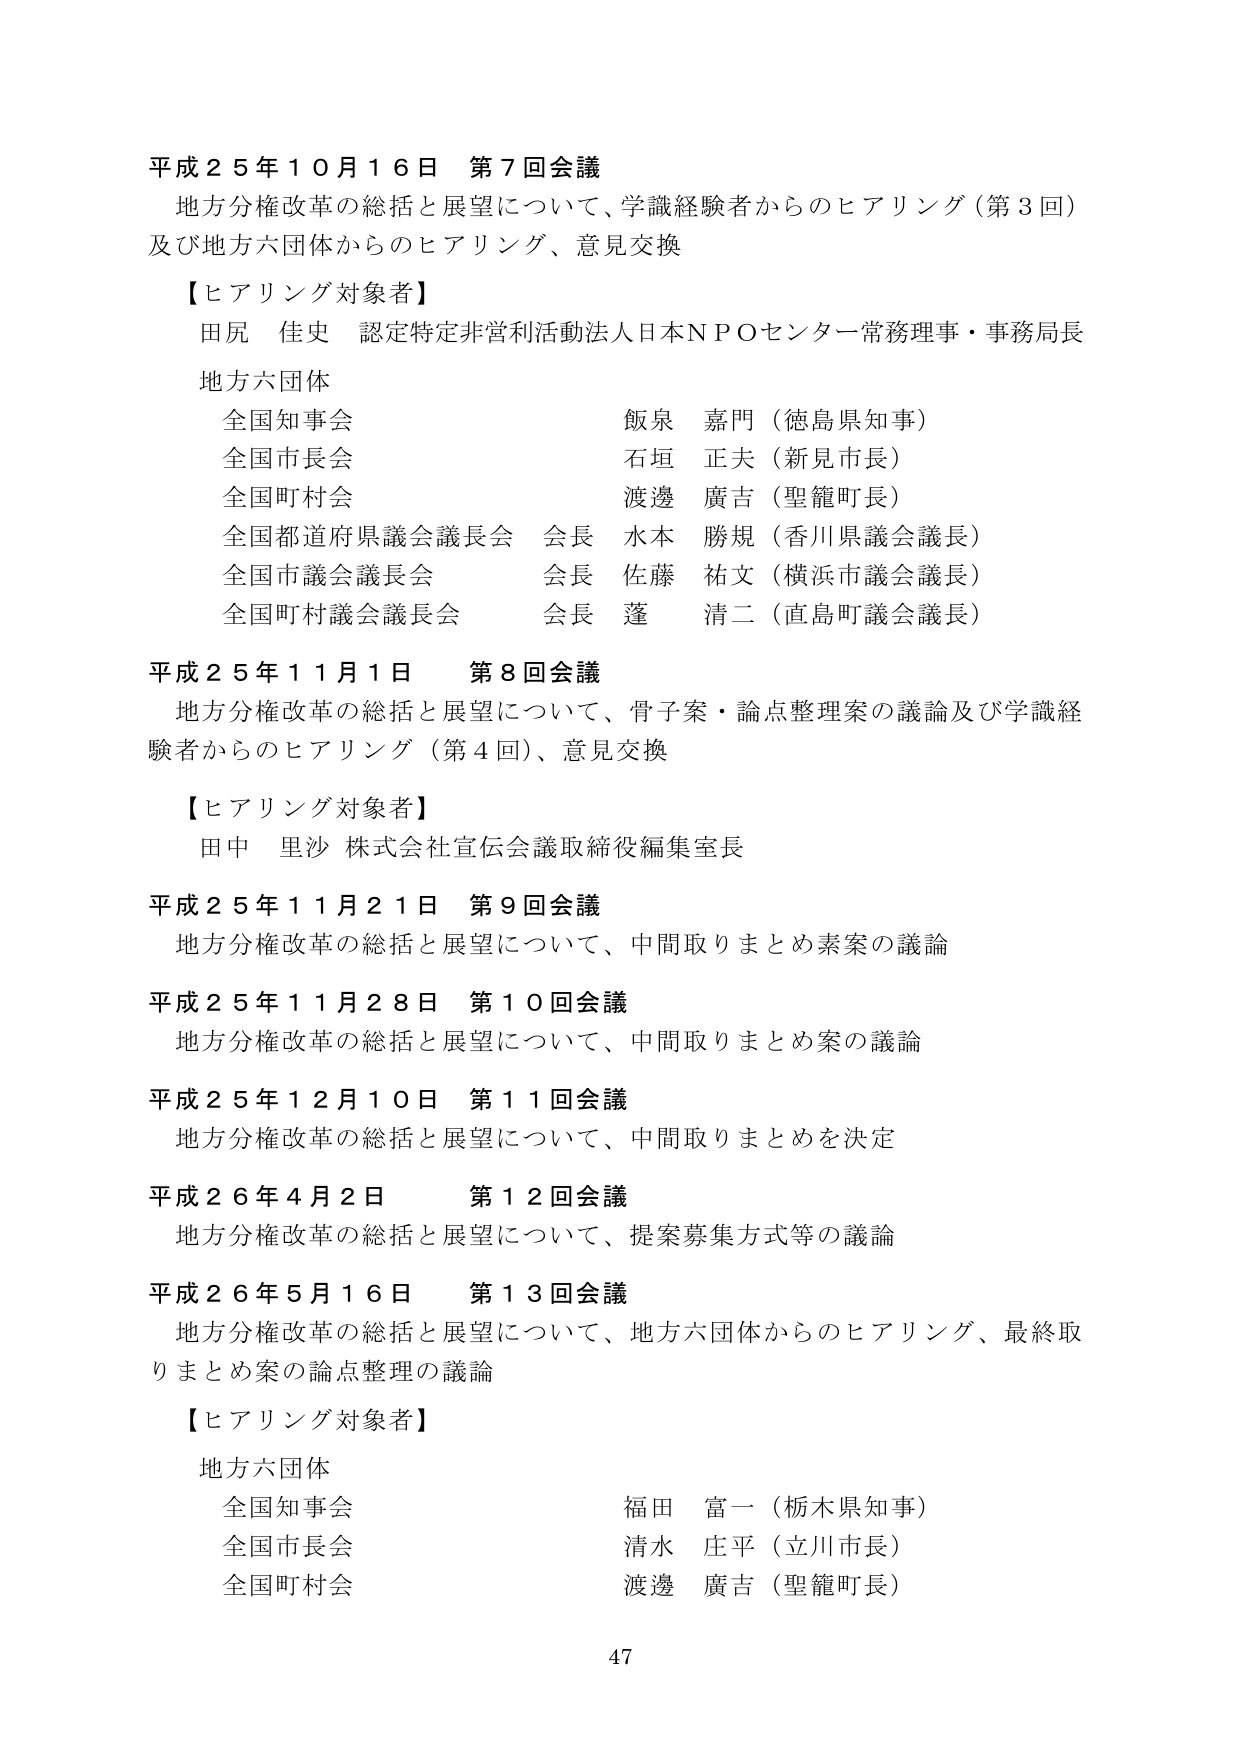
平成２５年１０月１６日 第７回会議
地方分権改革の総括と展望について、学識経験者からのヒアリング（第３回）
及び地方六団体からのヒアリング、意見交換

【ヒアリング対象者】
田尻 佳史 認定特定非営利活動法人日本ＮＰＯセンター常務理事・事務局長

地方六団体
全国知事会 飯泉 嘉門（徳島県知事）
全国市長会 石垣 正夫（新見市長）
全国町村会 渡邊 廣吉（聖籠町長）
全国都道府県議会議長会 会長 水本 勝規（香川県議会議長）
全国市議会議長会 会長 佐藤 祐文（横浜市議会議長）
全国町村議会議長会 会長 蓬 清二（直島町議会議長）

平成２５年１１月１日 第８回会議
地方分権改革の総括と展望について、骨子案・論点整理案の議論及び学識経験者からのヒアリング（第４回）、意見交換

【ヒアリング対象者】
田中 里沙 株式会社宣伝会議取締役編集室長

平成２５年１１月２１日 第９回会議
地方分権改革の総括と展望について、中間取りまとめ素案の議論

平成２５年１１月２８日 第１０回会議
地方分権改革の総括と展望について、中間取りまとめ案の議論

平成２５年１２月１０日 第１１回会議
地方分権改革の総括と展望について、中間取りまとめを決定

平成２６年４月２日 第１２回会議
地方分権改革の総括と展望について、提案募集方式等の議論

平成２６年５月１６日 第１３回会議
地方分権改革の総括と展望について、地方六団体からのヒアリング、最終取りまとめ案の論点整理の議論

【ヒアリング対象者】
地方六団体
全国知事会 福田 富一（栃木県知事）
全国市長会 清水 庄平（立川市長）
全国町村会 渡邊 廣吉（聖籠町長）

47